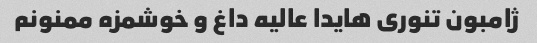
ژامبون تنوری هایدا عالیه داغ و خوشمزه ممنونم